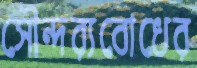
সৌন্দর্যবোধের